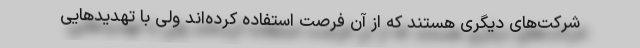
شرکت‌های دیگری هستند که از آن فرصت استفاده کرده‌اند ولی با تهدید‌هایی